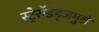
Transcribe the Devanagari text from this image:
स्ट्रेरॉईड्जमुळे